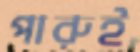
পারুই